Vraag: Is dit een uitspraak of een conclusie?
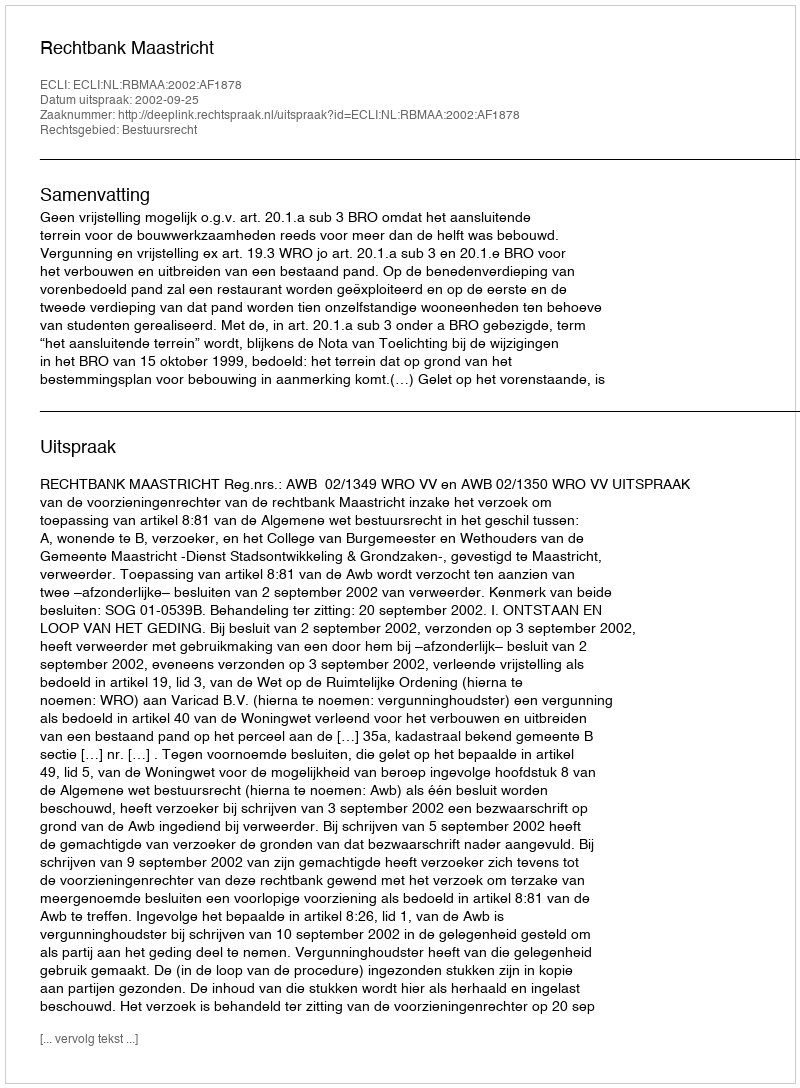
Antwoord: Uitspraak